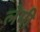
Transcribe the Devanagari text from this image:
लेमी